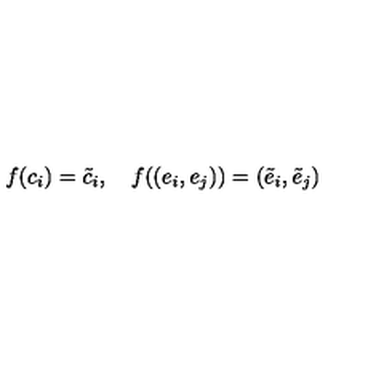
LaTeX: f ( c _ { i } ) = \tilde { c } _ { i } , \quad f ( ( e _ { i } , e _ { j } ) ) = ( \tilde { e } _ { i } , \tilde { e } _ { j } )